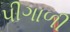
પીગાળી